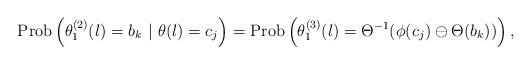
LaTeX: \begin{align*}\mbox{Prob}\left(\theta^{(2)}_{1}(l) = b_{k} ~| ~\theta(l) = c_{j}\right) = \mbox{Prob}\left(\theta^{(3)}_{1}(l) = \Theta^{-1}(\phi(c_{j}) \ominus \Theta(b_{k}))\right),\end{align*}